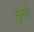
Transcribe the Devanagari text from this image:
तुलारे